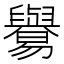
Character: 𦦸